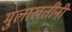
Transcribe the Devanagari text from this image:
मुलाखतींनी